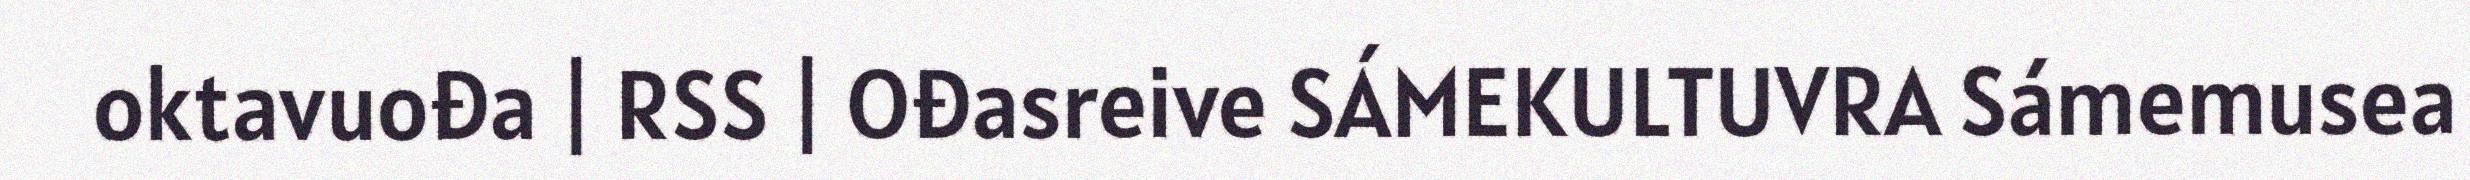
oktavuođa | RSS | Ođasreive SÁMEKULTUVRA Sámemusea